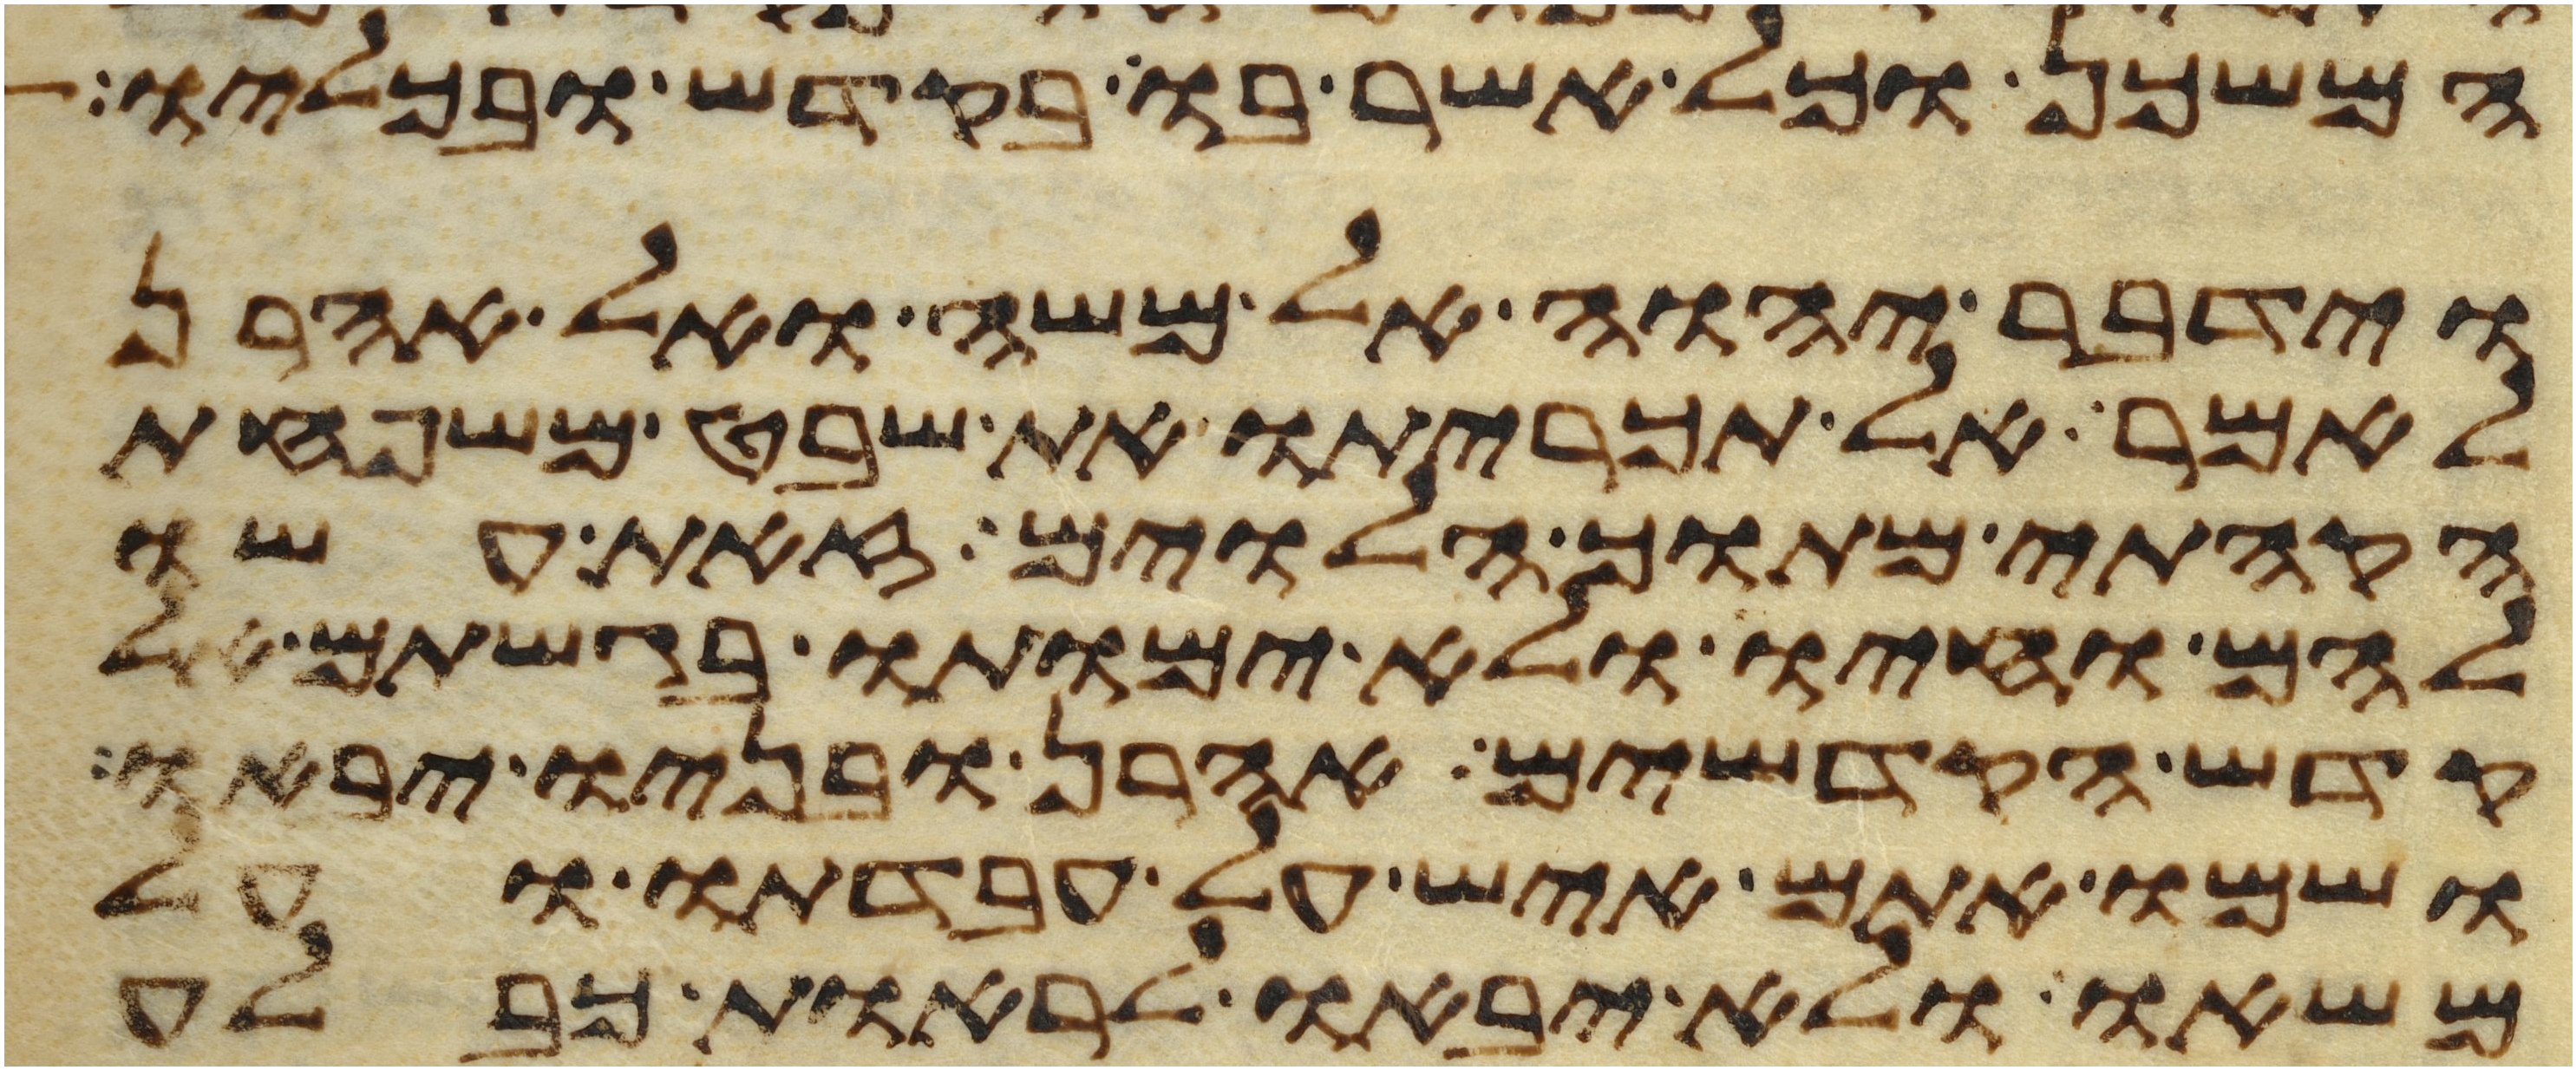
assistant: המשכן וכל אשר בו בקדש ובכליו
וידבר יהוה אל משה ואל אהרן
לאמר אל תכריתו את שבט משפחת
הקהתי מתוך הלוים זאת עשו
להם וחיו ולא ימותו בגשתם אל
קדש הקדשים אהרן ובניו יבאו
ושמו אתם איש על עבדתו ועל
משאו ולא יבאו לראות כבלע